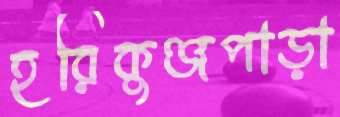
হরিকুঞ্জপাড়া